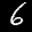
Label: 6